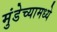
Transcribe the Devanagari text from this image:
मुंडेच्यामध्ये